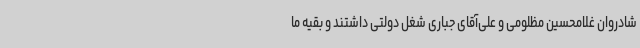
شادروان غلامحسین مظلومی و علی‌آقای جباری شغل دولتی داشتند و بقیه ما